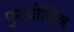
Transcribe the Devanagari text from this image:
पुनर्योजित्र